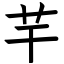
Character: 芉